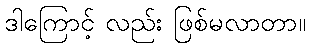
ဒါကြောင့် လည်း ဖြစ်မလာတာ။